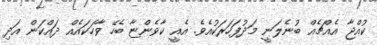
ކުއްޖާ އެއްޗެއް ބުނެލަނީ މަދުފަހަރަކުއެވެ. އެއީ ކާވެންޏާ ބެހޭ ވާހަކައެއް ދައްކަން އަދި